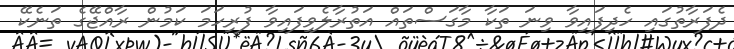
ދެފަރާތުގައި ހެދިފައިވާ ވިނަ ތަކާ މާގަސްތައް އަތުރާލެވިފައިވާ ފުރިހަމަ ކަމުން ރާއްޖޭގެ ތަނެކޭ